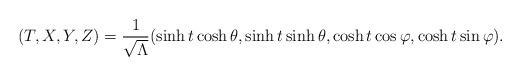
LaTeX: \begin{align*}(T,X,Y,Z)=\frac{1}{\sqrt{\Lambda}}(\sinh t\cosh\theta,\sinh t\sinh\theta, \cosh t\cos\varphi,\cosh t\sin\varphi). \end{align*}